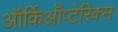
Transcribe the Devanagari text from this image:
ऑर्किआँप्टेरिक्स